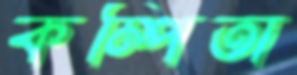
কম্পিতা